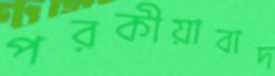
পরকীয়াবাদ